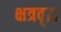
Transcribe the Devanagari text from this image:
क्षत्रवृद्ध